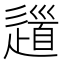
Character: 𨖁